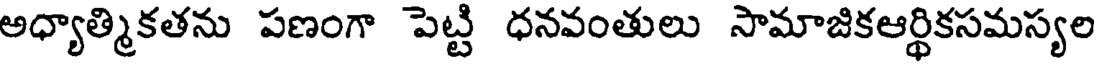
అధ్యాత్మికతను పణంగా పెట్టి ధనవంతులు సామాజికఆర్థికసమస్యల